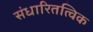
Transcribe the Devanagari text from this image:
संधारितत्विक